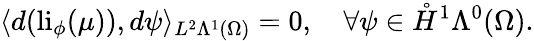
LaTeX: \langle d(\mathrm{li}_{\phi}(\mu)),d\psi\rangle_{L^{2}\Lambda^{1}(\Omega)}=0,\quad\forall\psi\in\mathring{H}^{1}\Lambda^{0}(\Omega).